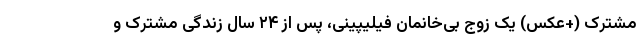
مشترک (+عکس) یک زوج بی‌خانمان فیلیپینی، پس از ۲۴ سال زندگی مشترک و